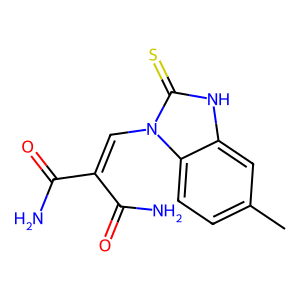
SMILES: Cc1ccc2c(c1)[nH]c(=S)n2C=C(C(N)=O)C(N)=O
Inhibits HIV replication: No